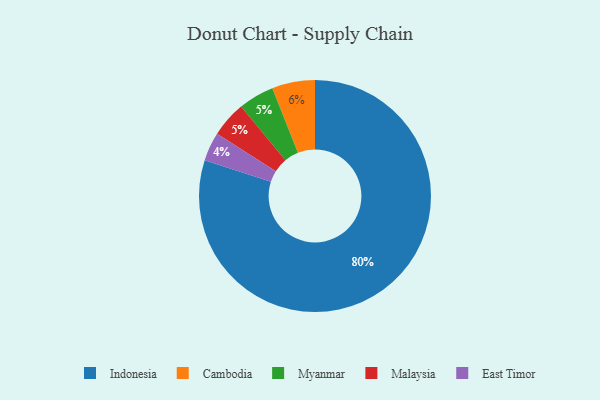
{"axis": {"x": "Category", "y": "Percentage"}, "legend": ["Cambodia", "East Timor", "Indonesia", "Malaysia", "Myanmar"], "data": [{"x": "Myanmar", "y": 5, "type": "Myanmar"}, {"x": "Malaysia", "y": 5, "type": "Malaysia"}, {"x": "Indonesia", "y": 80, "type": "Indonesia"}, {"x": "East Timor", "y": 4, "type": "East Timor"}, {"x": "Cambodia", "y": 6, "type": "Cambodia"}]}